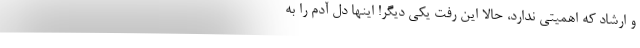
و ارشاد که اهمیتی ندارد، حالا این رفت یکی دیگر! اینها دل آدم را به